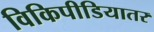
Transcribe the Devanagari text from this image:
विकिपीडियातर